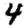
Digit: 4